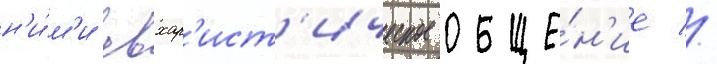
н'и́м'и евхар'ист'ическое обще́н'ие //